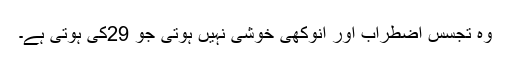
وہ تجسس اضطراب اور انوکھی خوشی نہیں ہوتی جو 29کی ہوتی ہے۔